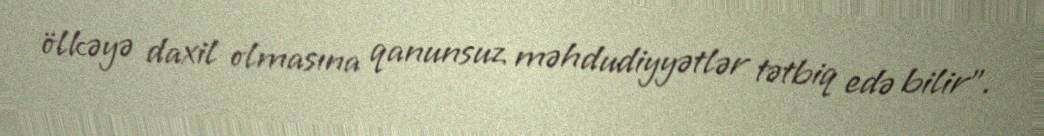
ölkəyə daxil olmasına qanunsuz məhdudiyyətlər tətbiq edə bilir”.